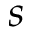
s